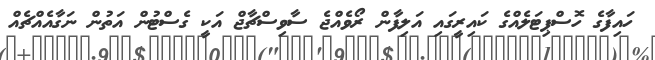
ހައިފާގެ ހޮސްޕިޓަލެއްގެ ކައިރީގައި އަލިފާން ރޯވެއްޖެ ސާވިސްޗާޖް އަކީ ގެސްޓުން އަތުން ނަގާއެއްޗެއް